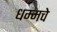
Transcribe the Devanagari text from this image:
धम्मचे